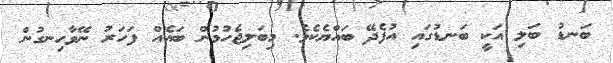
ބަނޑު ބަލި އަކީ ބަނޑުގައި އުފެދޭ ބައްޔެކެވެ. މިބަލިޖެހުމުން ބައެއް ފަހަރު ނޭވާހިނގުން